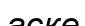
аске